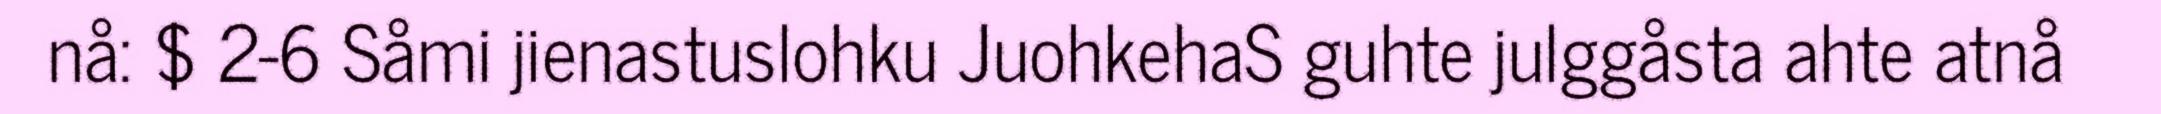
nå: $ 2-6 Såmi jienastuslohku JuohkehaS guhte julggåsta ahte atnå